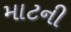
માટની